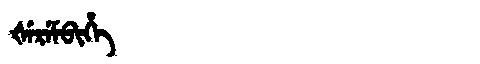
Manchu: ᡧᡝᡵᡝᠮᠪᡳᡥᡝ
Romanization: ŠEREMBIHE